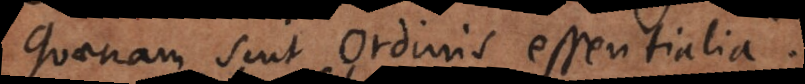
Quaenam sint Ordinis essentialia.